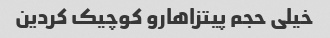
خیلی حجم پیتزاهارو کوچیک کردین